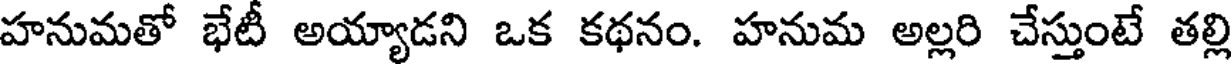
హనుమతో భేటీ అయ్యాడని ఒక కథనం. హనుమ అల్లరి చేస్తుంటే తల్లి